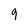
Character: g